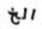
الخ